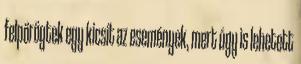
felpörögtek egy kicsit az események, mert úgy is lehetett